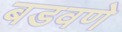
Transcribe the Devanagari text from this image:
बडवणे